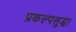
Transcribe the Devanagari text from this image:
प्रकल्पसुद्धा